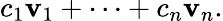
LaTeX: c_{1}\mathbf{v}_{1}+\cdots+c_{n}\mathbf{v}_{n}.